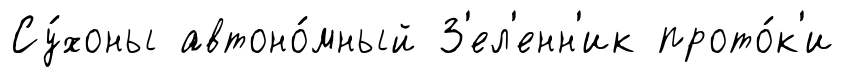
Су́хоны автоно́мный З'ел'енн'ик прото́к'и